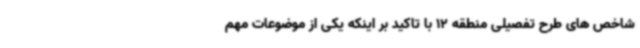
شاخص های طرح تفصیلی منطقه 12 با تاکید بر اینکه یکی از موضوعات مهم